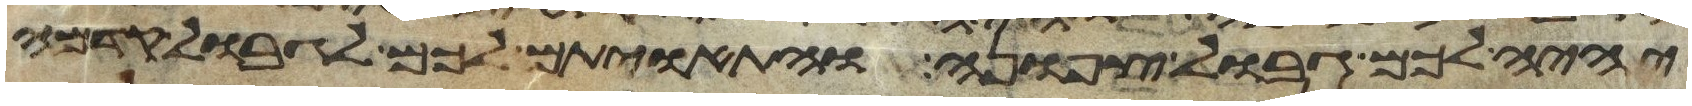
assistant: יהיה לכם גבול צפונה והתאויתם לכם לגבול קדמה